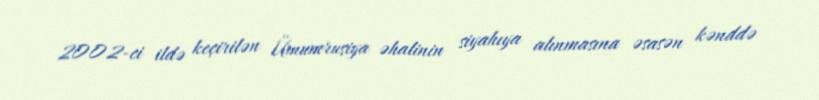
2002-ci ildə keçirilən Ümumrusiya əhalinin siyahıya alınmasına əsasən kənddə